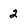
Character: 2